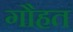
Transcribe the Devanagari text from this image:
गौहत